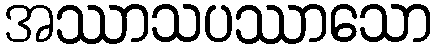
အဿာသပဿာသော